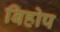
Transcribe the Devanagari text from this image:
बिहोप